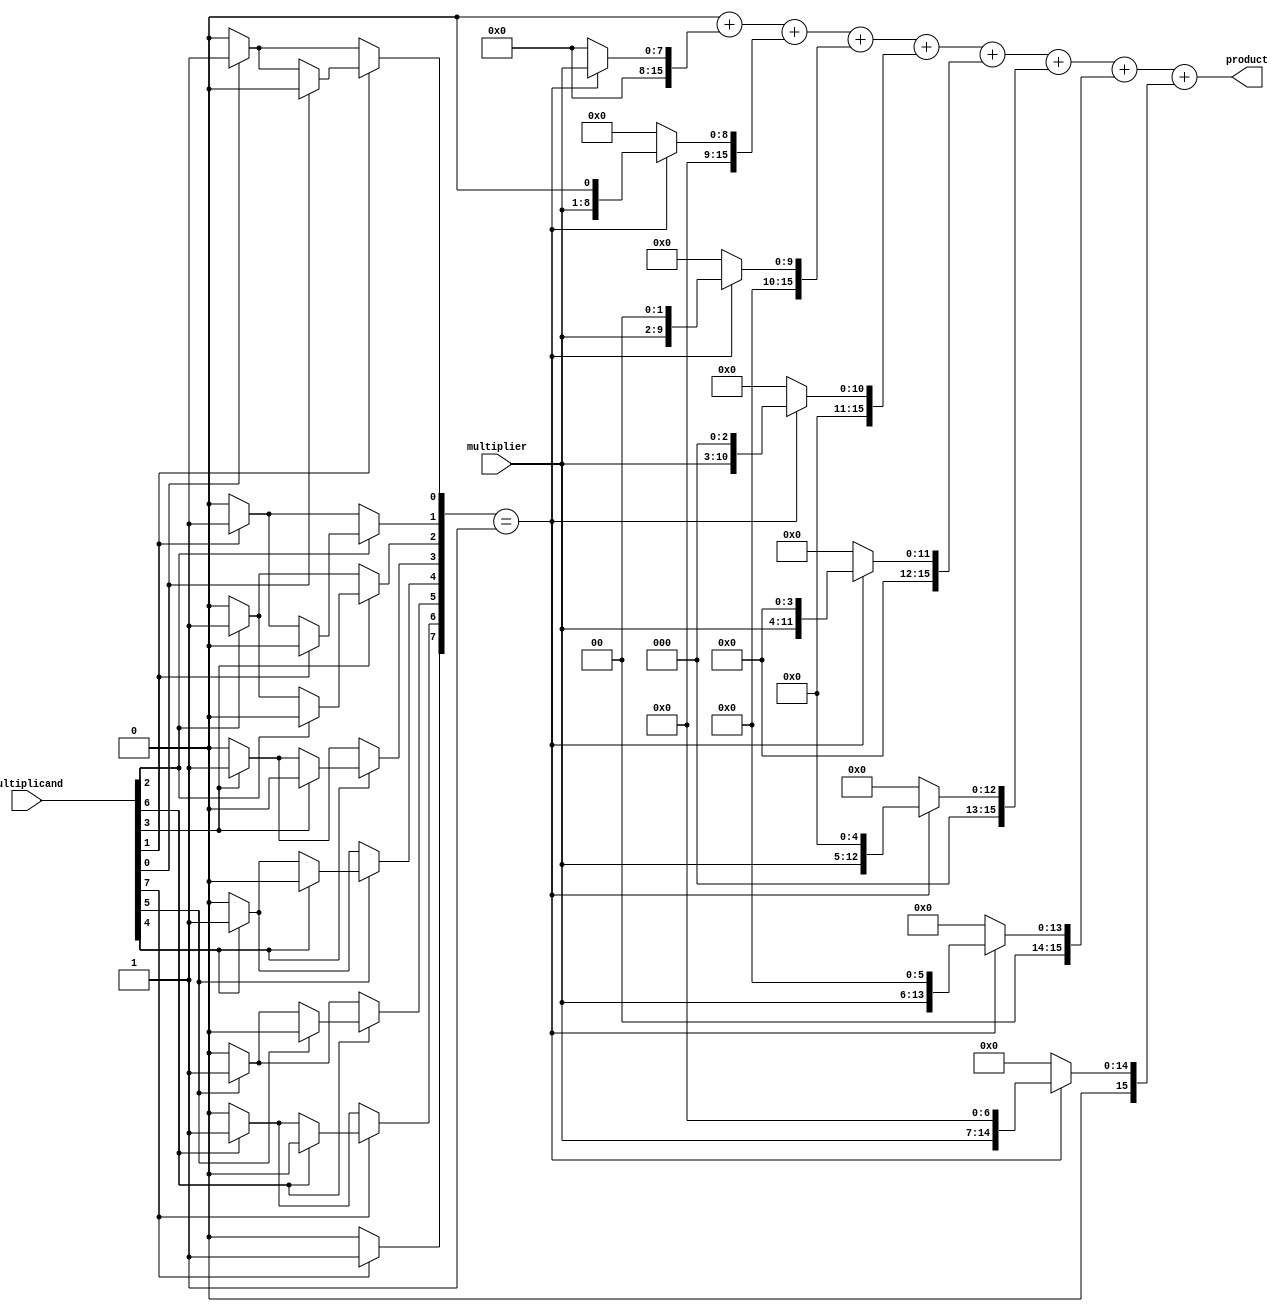
module csd_multiplier #(parameter WIDTH = 8, parameter PRODUCT_WIDTH = 2 * WIDTH)(
    input  wire [WIDTH-1:0] multiplicand,
    input  wire [WIDTH-1:0] multiplier,
    output reg  [PRODUCT_WIDTH-1:0] product
);

    // CSD Encoding Block
    function [WIDTH-1:0] csd_encode(input [WIDTH-1:0] num);
        integer i;
        reg [WIDTH-1:0] temp;
        begin
            temp = num;
            csd_encode = 0;
            for (i = 0; i < WIDTH; i = i + 1) begin
                if (temp[i] == 1) begin
                    if (i > 0 && temp[i-1] == 1) begin
                        csd_encode[i] = -1; // Set to -1 if previous bit is also 1
                        csd_encode[i-1] = 0; // Clear the previous bit
                    end else begin
                        csd_encode[i] = 1; // Set to 1
                    end
                end else begin
                    csd_encode[i] = 0; // Set to 0
                end
            end
        end
    endfunction

    // Partial Product Generation
    reg [WIDTH-1:0] csd[WIDTH-1:0];
    reg [PRODUCT_WIDTH-1:0] partial_products[WIDTH-1:0];

    integer j;
    always @(*) begin
        // CSD Encoding
        for (j = 0; j < WIDTH; j = j + 1) begin
            csd[j] = csd_encode(multiplicand);
        end

        // Generate Partial Products
        for (j = 0; j < WIDTH; j = j + 1) begin
            case (csd[j])
                1: partial_products[j] = multiplier << j; // Shift left for 1
                -1: partial_products[j] = ~(multiplier << j) + 1; // Two's complement for -1
                default: partial_products[j] = 0; // No operation for 0
            endcase
        end
    end

    // Final Summation
    always @(*) begin
        product = 0;
        for (j = 0; j < WIDTH; j = j + 1) begin
            product = product + partial_products[j];
        end
    end

endmodule